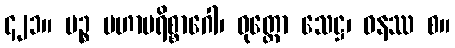
၄၂၁။ ပဉ္စ မဟာပရိစ္စာဂေါ၊ ဝုတ္တော သေဋ္ဌ၊ ဓနဿ စ။